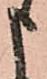
申